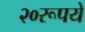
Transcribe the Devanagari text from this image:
२०रूपये